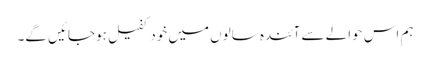
ہم اس حوالے سے آئندہ سالوں میں خود کفیل ہوجائیں گے۔